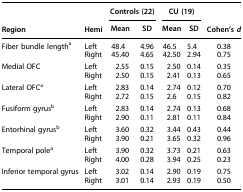
|  |  | <COLSPAN=2> Controls (22) | <COLSPAN=2> CU (19) |  |
 | Region | Hemi | Mean | SD | Mean | SD | Cohen's d |
 | --- | --- | --- | --- | --- | --- | --- |
 | <ROWSPAN=2> Fiber bundle lengtha | Left | 48.4 | 4.96 | 46.5 | 5.4 | 0.38 |
 | Right | 45.40 | 4.65 | 42.50 | 2.94 | 0.75 |
 | <ROWSPAN=2> Medial OFC | Left | 2.55 | 0.15 | 2.50 | 0.14 | 0.35 |
 | Right | 2.50 | 0.15 | 2.41 | 0.13 | 0.65 |
 | <ROWSPAN=2> Lateral OFCa | Left | 2.83 | 0.14 | 2.74 | 0.12 | 0.70 |
 | Right | 2.72 | 0.15 | 2.6 | 0.15 | 0.82 |
 | <ROWSPAN=2> Fusiform gyrusb | Left | 2.83 | 0.14 | 2.74 | 0.13 | 0.68 |
 | Right | 2.90 | 0.11 | 2.81 | 0.11 | 0.84 |
 | <ROWSPAN=2> Entorhinal gyrusb | Left | 3.60 | 0.32 | 3.44 | 0.43 | 0.44 |
 | Right | 3.90 | 0.21 | 3.65 | 0.32 | 0.96 |
 | <ROWSPAN=2> Temporal polea | Left | 3.90 | 0.32 | 3.73 | 0.21 | 0.63 |
 | Right | 4.00 | 0.28 | 3.94 | 0.25 | 0.23 |
 | <ROWSPAN=2> Inferior temporal gyrus | Left | 3.02 | 0.14 | 2.90 | 0.19 | 0.75 |
 | Right | 3.01 | 0.14 | 2.93 | 0.19 | 0.50 |